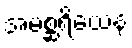
အမစ္ဆရိယေန